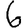
Digit: 6